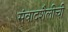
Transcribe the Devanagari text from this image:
संवादशैलीची